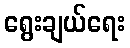
ရွေးချယ်ရေး